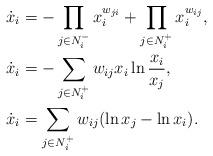
LaTeX: \begin{align*}\dot{x}_i&=-\prod_{j\in N_i^-}x_i^{w_{ji}}+\prod_{j\in N_i^+}x_i^{w_{ij}}, \\\dot{x}_i&= -\sum_{j\in N_i^+}w_{ij} x_i\ln\frac{x_i}{x_j}, \ \ \\\dot{x}_i&=\sum_{j\in N_i^+}w_{ij}(\ln x_j-\ln x_i).\end{align*}